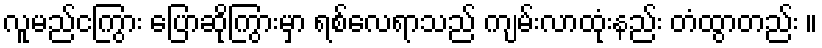
လူမည်ငကြွား ပြောဆိုကြွားမှာ ရစ်လေရာသည် ကျမ်းလာထုံးနည်း တံထွာတည်း ။